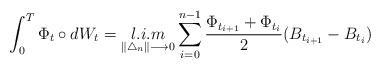
LaTeX: \begin{align*}\displaystyle \int_{0}^{T} \Phi_{t}\circ dW_{t}=\displaystyle \mathop{l.i.m}\limits_{\|\bigtriangleup_{n}\| \longrightarrow 0} \sum_{i=0}^{n-1} \frac{\Phi_{t_{i+1}}+\Phi_{t_{i}}}{2} (B_{t_{i+1}}-B_{t_{i}})\end{align*}